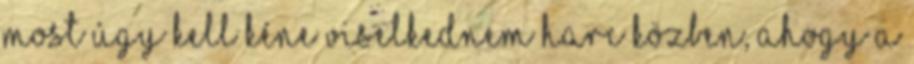
most úgy kell kéne viselkednem harc közben, ahogy a